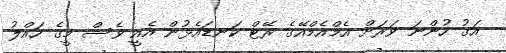
އަގު ހުންނަ ވަރަށް އެމްއެމްއޭގެ ރޭޓް ކަނޑައެޅުން އެއީ ވެސް މީގެ ހައްލު